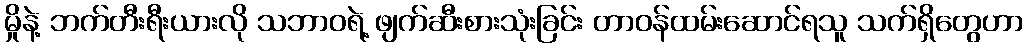
မှိုနဲ့ ဘက်တီးရီးယားလို သဘာဝရဲ့ ဖျက်ဆီးစားသုံးခြင်း တာဝန်ထမ်းဆောင်ရသူ သက်ရှိတွေဟာ